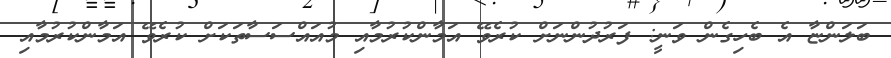
ބަލަންޏާ އެ ބެހިގެން ވަނީ: ފަރުދުންނަށް ކުރެވޭ އަމާންކުރުމާއި މުއައްސަސާތަކަށް ކުރެވޭ އަމާންކުރުމާއި